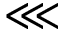
\lll